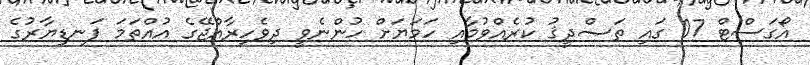
އޯގަސްޓް 07 ގައި ތަޞްދީޤު ކުރެއްވުމާއި ހަމަޔަށް ހުންނެވީ ދިވެހިރާއްޖޭގެ އުއްތަމަ ފަނޑިޔާރުގެ